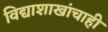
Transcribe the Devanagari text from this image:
विद्याशाखांचाही